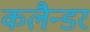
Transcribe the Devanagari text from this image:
कलैन्डर